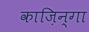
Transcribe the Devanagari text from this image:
काज़िन्गा